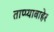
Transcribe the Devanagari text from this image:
ताप्प्याबाहेर